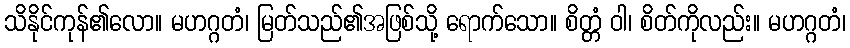
သိနိုင်ကုန်၏လော။ မဟဂ္ဂတံ၊ မြတ်သည်၏အဖြစ်သို့ ရောက်သော။ စိတ္တံ ဝါ၊ စိတ်ကိုလည်း။ မဟဂ္ဂတံ၊